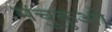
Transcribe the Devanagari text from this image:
मंचुकुओ